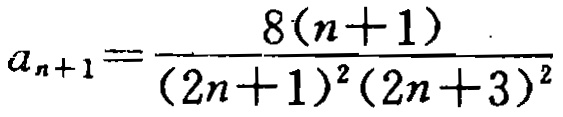
\[a_{n + 1} = \frac{8(n + 1)}{(2n + 1)^2(2n + 3)^2}\]